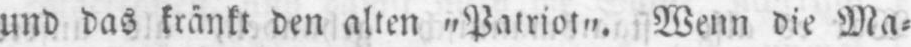
und das kränkt den alten „Patriot„. Wenn die Ma⸗